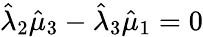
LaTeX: \hat{\lambda}_{2}\hat{\mu}_{3}-\hat{\lambda}_{3}\hat{\mu}_{1}=0